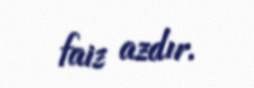
faiz azdır.